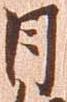
日